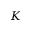
K